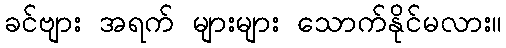
ခင်ဗျား အရက် များများ သောက်နိုင်မလား။